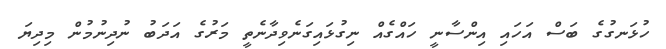
ހުޅަނގުގެ ބަސް އަހައި އިންސާނީ ހައްގެއް ނިގުޅައިގަނެވިދާނެތީ މަރުގެ އަދަބު ނުދިނުމުން މިދިޔަ